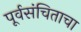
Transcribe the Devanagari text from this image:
पूर्वसंचिताचा